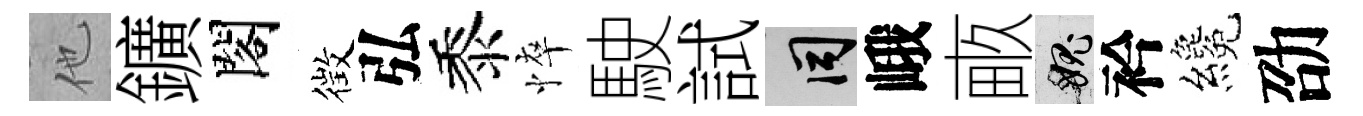
他鑛閣徴弘黍悴駛試间峨畞愧衿纔劭